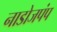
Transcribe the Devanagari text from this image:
नाडोजपंप